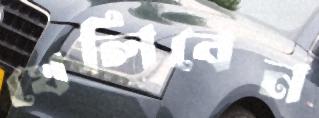
খেলিবেন